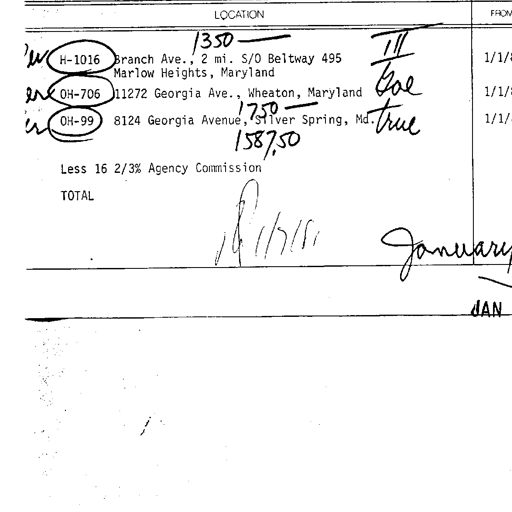
LOCATION FROM
W H-1016 Branch Ave., 2 mi. S/O Beltway 495 1350 — III 1/1/81
Marlow Heights, Maryland Joe
W OH-706 11272 Georgia Ave., Wheaton, Maryland 1/1/81
W OH-99 8124 Georgia Avenue, Silver Spring, Md. 1750 — true 1/1/81
1587.50
Less 16 2/3% Agency Commission
TOTAL R 1/7/81 January
JAN